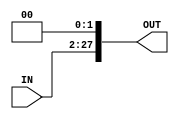
module shif_wid(
    input [25:0] IN,
    output reg [27:0] OUT
);

always @(*) begin
    OUT= {IN,2'b00};
end

endmodule